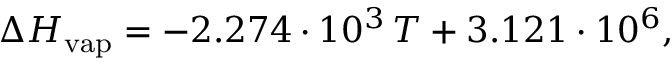
\Delta H _ { \mathrm { v a p } } = - 2 . 2 7 4 \cdot 1 0 ^ { 3 } \, T + 3 . 1 2 1 \cdot 1 0 ^ { 6 } ,